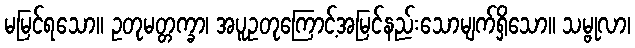
မမြင်ရသော။ ဥတုမတ္တက္ခာ၊ အပူဥတုကြောင့်အမြင်နည်းသောမျက်ရှိသော။ သမ္ဗုလာ၊